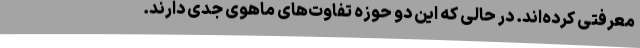
معرفتی کرده‌اند. در حالی که این دو حوزه تفاوت‌های ماهوی جدی دارند.